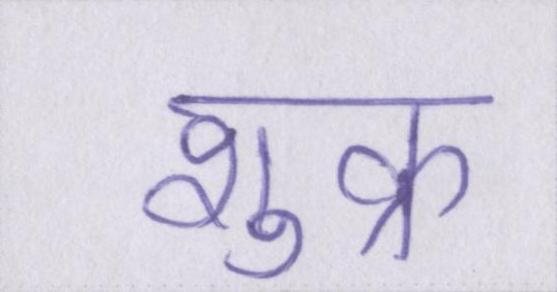
शुक्र